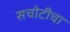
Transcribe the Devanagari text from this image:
सचोटीचा